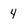
Character: 4